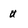
Character: u